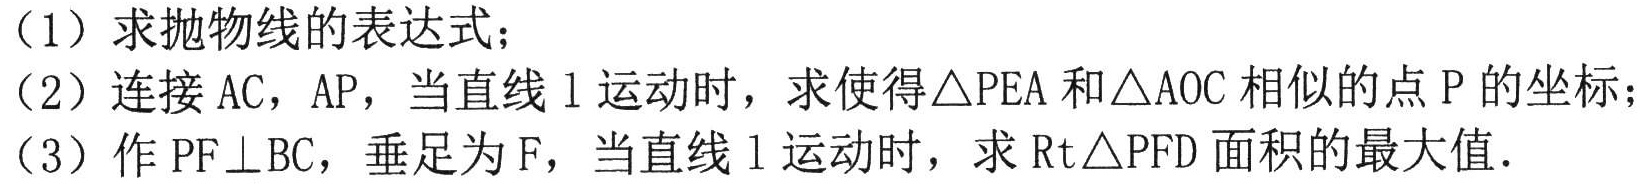
（1）求抛物线的表达式；
（2）连接\(AC\)，\(AP\)，当直线\(l\)运动时，求使得\(\triangle PEA\)和\(\triangle AOC\)相似的点\(P\)的坐标；
（3）作\(PF\perp BC\)，垂足为\(F\)，当直线\(l\)运动时，求\(Rt\triangle PFD\)面积的最大值.